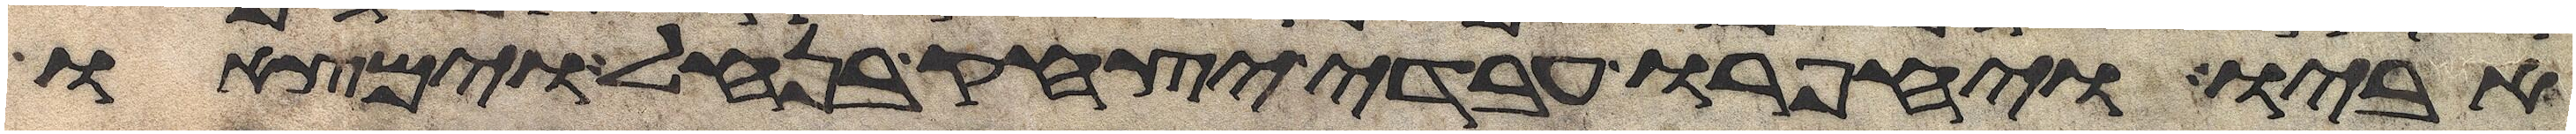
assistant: אביו ויחפרו עבדי יצחק בנחל וימצאו